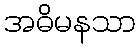
အဓိမနသာ